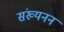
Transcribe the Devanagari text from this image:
संख्यनन